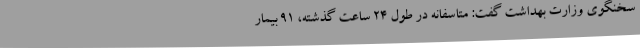
سخنگوی وزارت بهداشت گفت: متاسفانه در طول 24 ساعت گذشته، 91 بیمار